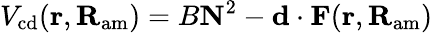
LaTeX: V_{\mathrm{cd}}({\mathbf r},{\mathbf R}_{\mathrm{am}})={B{\mathbf N}^{2}-{\mathbf d}\cdot{\mathbf F({\mathbf r,{\mathbf R}_{\mathrm{am}})}}}